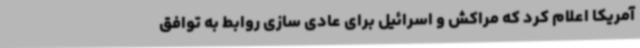
آمریکا اعلام کرد که مراکش و اسرائیل برای عادی سازی روابط به توافق